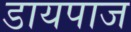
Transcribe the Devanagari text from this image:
डायपाज